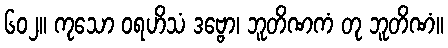
၆၀၂။ ကုသော ဝရဟိသံ ဒဗ္ဗော၊ ဘူတိဏကံ တု ဘူတိဏံ။